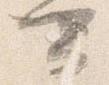
可